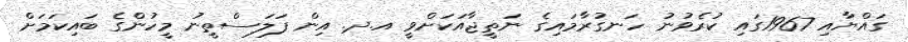
ގައްޔާއި 1967ގައި ކުރެވުނު ހަނގުރާމައިގެ ނަތީޖާއަކަށްވީ އ.ދ. އިން ފަލަސްތީނު މީހުންގެ ބައިކަމަށް